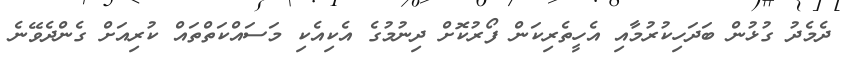
ދެމެދު ގުޅުން ބަދަހިކުރުމާއި އެހީތެރިކަން ފޯރުކޮށް ދިނުމުގެ އެކިއެކި މަސައްކަތްތައް ކުރިއަށް ގެންދެވޭނެ